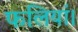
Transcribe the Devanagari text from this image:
फलियां।